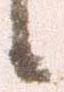
候